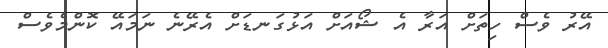
އޭރު ވެސް ހިތަށް އަރާ އެ ޝޯއަށް އަޅުގަނޑަށް އެރޭނެ ނަމައޭ ކޮންމެވެސް